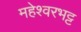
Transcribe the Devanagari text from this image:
महेश्वरभट्ट